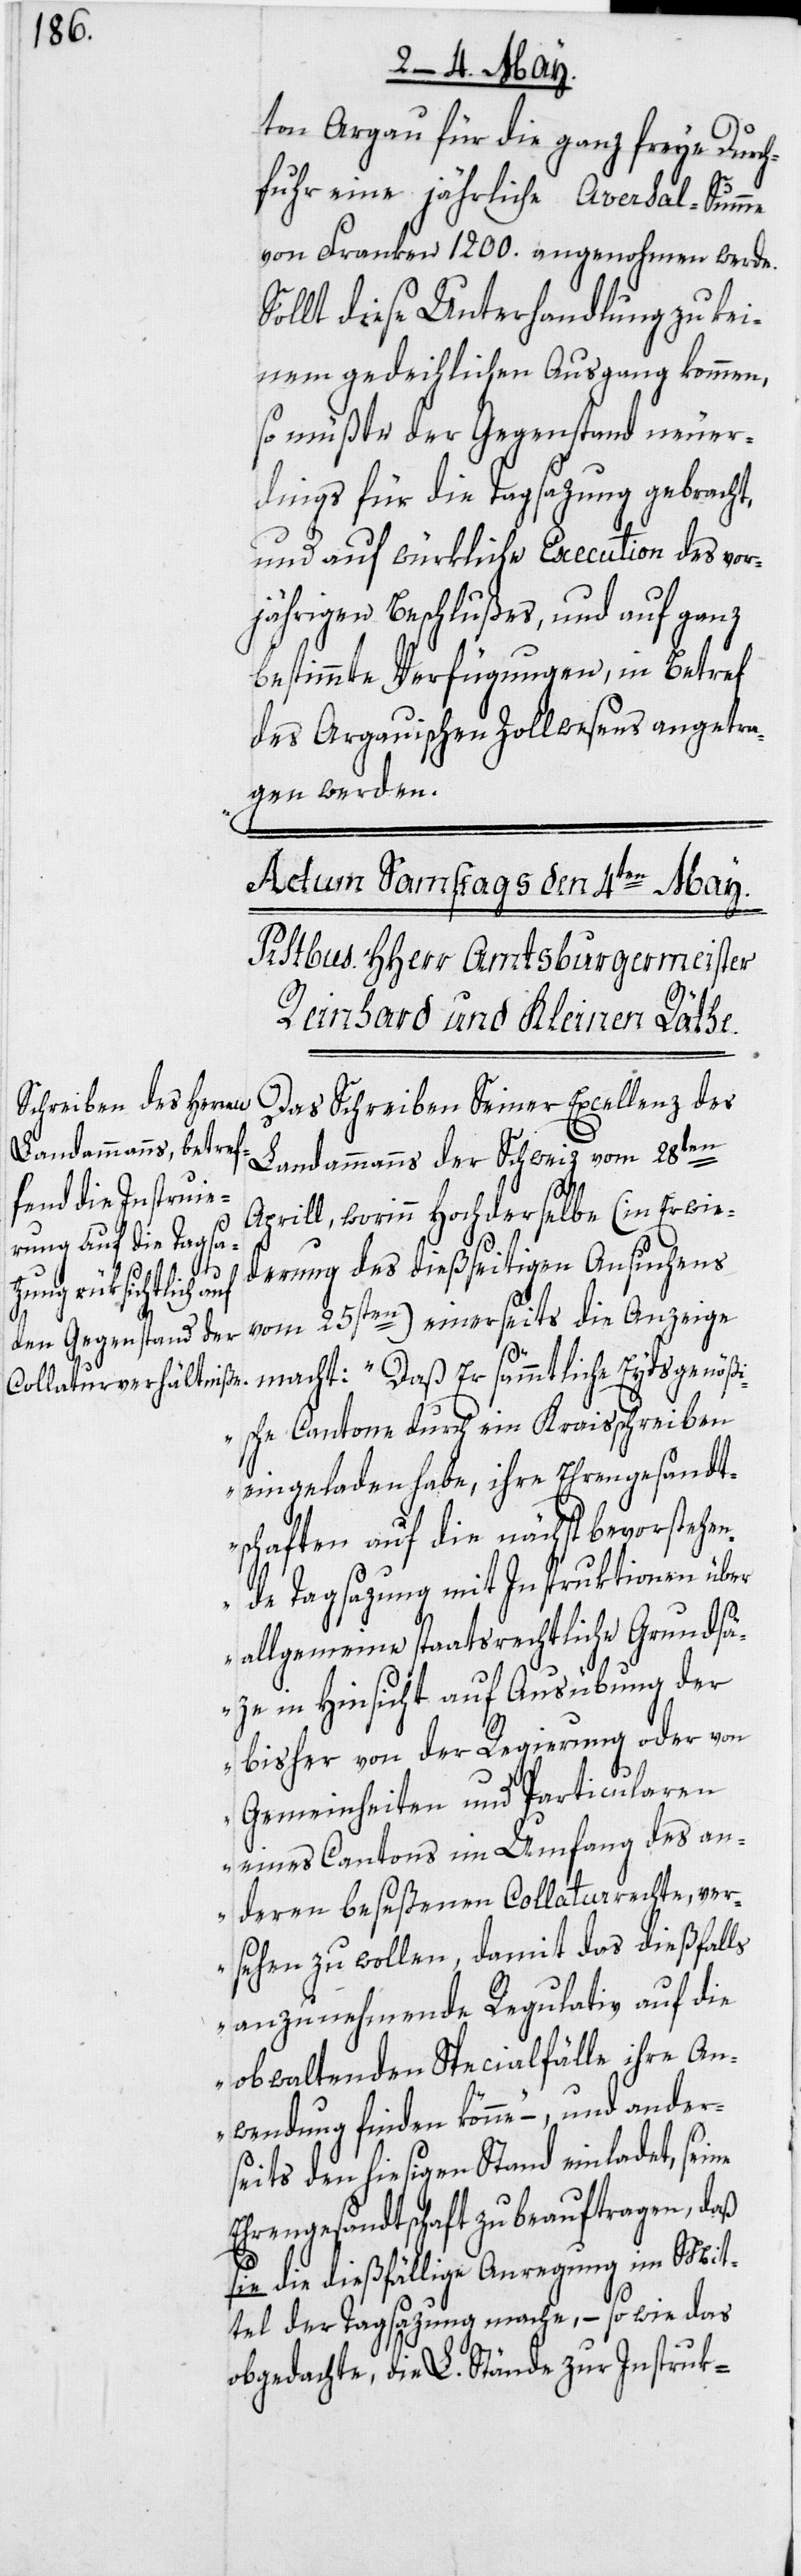
ton Argau für die ganz freye Durch¬
fuhr eine jährliche Aversal-Summe
von Franken 1200. angenohmen werde.
Sollt diese Unterhandlung zu kei¬
nem gedeihlichen Ausgang kommen,
so müßte der Gegenstand neuer¬
dings für die Tagsazung gebracht,
und auf würkliche Execution des vor¬
jährigen Beschlußes, und auf ganz
bestimmte Verfügungen, in Betref
des Argauischen Zollwesens angetra¬
gen werden.
Das Schreiben Seiner Excellenz des
Landammanns der Schweiz vom 28ten
Aprill, worinn Hochderselbe (in Erwie¬
derung des dießseitigen Ansuchens
ne
vom 25sten) einerseits die Anzeige
macht: „Daß Er sämmtliche Eydsgenöß¬
ische Cantone durch ein Kraisschreiben
eingeladen habe, ihre Ehrengesandt¬
schaften auf die nächst bevorstehen¬
de Tagsazung mit Instruktionen über
allgemeine staatsrechtliche Grundsä¬
ze in Hinsicht auf Ausübung der
bisher von der Regierung oder von
Gemeinheiten und Particularen
eines Cantons im Umfang des an¬
deren beseßenen Collaturrechte, ver¬
sehen zu wollen, damit das dießfalls
anzunehmende Regulativ auf die
obwaltenden Specialfälle ihre An¬
wendung finden könne“ –, und ander¬
seits den hiesigen Stand einladet, sei¬
Ehrengesandtschaft zu beauftragen, daß
sie die dießfällige Anregung im Mit¬
tel der Tagsazung mache, – so wie das
obgedachte, die L. Stände zur Instruk-